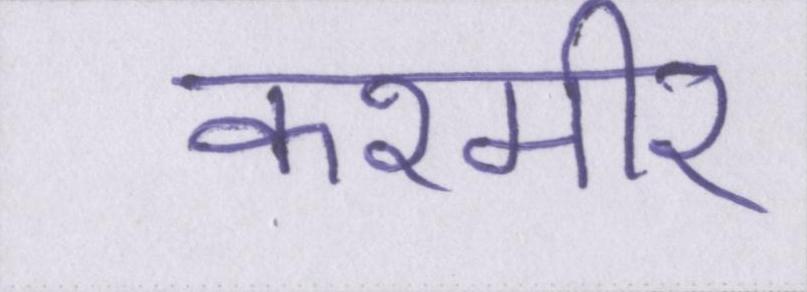
कश्मीर